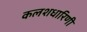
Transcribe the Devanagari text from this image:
कलशधारिणी